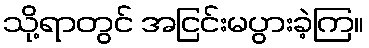
သို့ရာတွင် အငြင်းမပွားခဲ့ကြ။